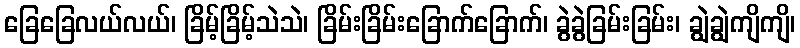
ခြေခြေလယ်လယ်၊ ခြိမ့်ခြိမ့်သဲသဲ၊ ခြိမ်းခြိမ်းခြောက်ခြောက်၊ ခွဲခွဲခြမ်းခြမ်း၊ ချွဲချွဲကျိကျိ၊